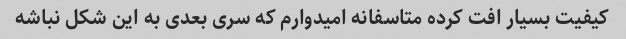
کیفیت بسیار افت کرده متاسفانه امیدوارم که سری بعدی به این شکل نباشه